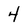
Character: 4